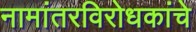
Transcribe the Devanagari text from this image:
नामांतरविरोधकांचे